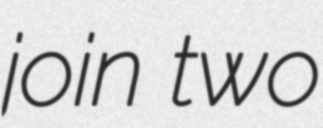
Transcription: join two